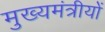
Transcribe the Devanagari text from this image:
मुख्यमंत्रीयों